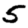
Digit: 5